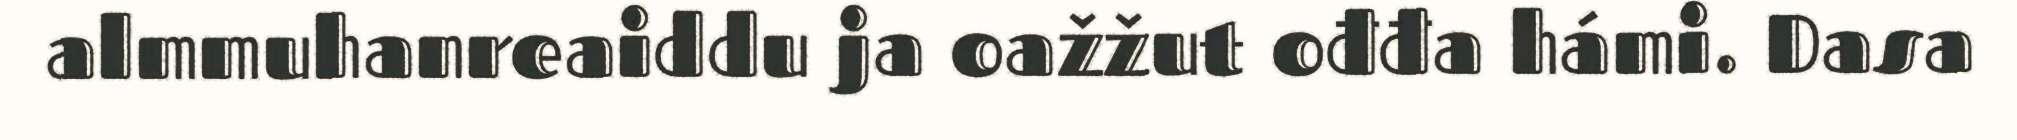
almmuhanreaiddu ja oažžut ođđa hámi. Dasa